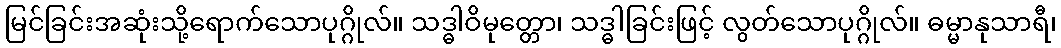
မြင်ခြင်းအဆုံးသို့ရောက်သောပုဂ္ဂိုလ်။ သဒ္ဓါဝိမုတ္တော၊ သဒ္ဓါခြင်းဖြင့် လွတ်သောပုဂ္ဂိုလ်။ ဓမ္မာနုသာရီ၊